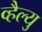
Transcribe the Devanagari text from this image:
व्हैल्यु